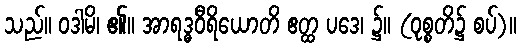
သည်။ ဝဒါမိ၊ ၏။ အာရဒ္ဓဝီရိယောတိ ဧတ္ထ ပဒေ၊ ၌။ (ဝုစ္စတိ၌ စပ်)။